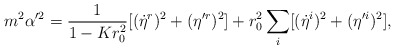
\begin{align*}m^2\alpha'^2=\frac{1}{1-Kr_0^2}[(\dot{\eta}^r)^2+(\eta'^r)^2]+r_0^2\sum_{i}[(\dot{\eta}^{i})^2+(\eta'^{i})^2],\end{align*}